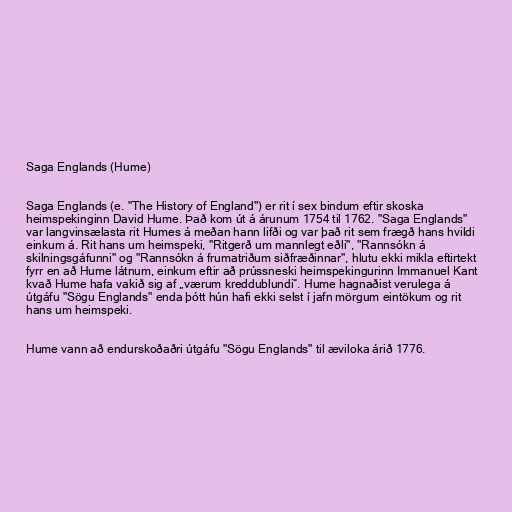
Saga Englands (Hume)

Saga Englands (e. "The History of England") er rit í sex bindum eftir skoska
heimspekinginn David Hume. Það kom út á árunum 1754 til 1762. "Saga Englands"
var langvinsælasta rit Humes á meðan hann lifði og var það rit sem frægð hans hvildi
einkum á. Rit hans um heimspeki, "Ritgerð um mannlegt eðli", "Rannsókn á
skilningsgáfunni" og "Rannsókn á frumatriðum siðfræðinnar", hlutu ekki mikla eftirtekt
fyrr en að Hume látnum, einkum eftir að prússneski heimspekingurinn Immanuel Kant
kvað Hume hafa vakið sig af „værum kreddublundi“. Hume hagnaðist verulega á
útgáfu "Sögu Englands" enda þótt hún hafi ekki selst í jafn mörgum eintökum og rit
hans um heimspeki.

Hume vann að endurskoðaðri útgáfu "Sögu Englands" til æviloka árið 1776.